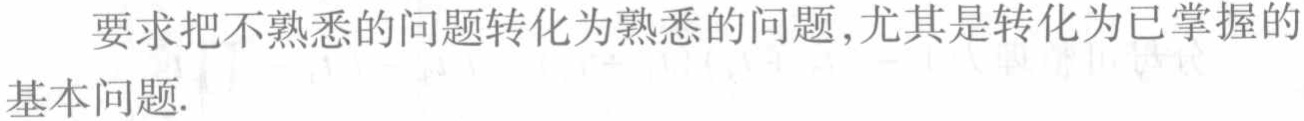
要求把不熟悉的问题转化为熟悉的问题,尤其是转化为已掌握的基本问题.